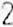
2